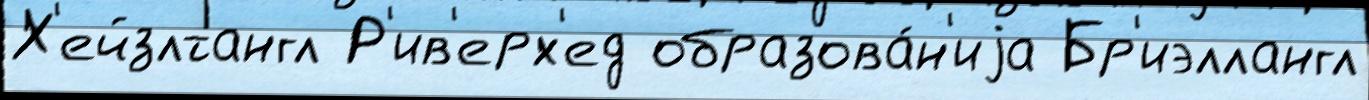
Х'ейзлтангл Р'ив'ерх'ед образова́н'иjа Бр'иэллангл